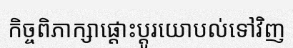
កិច្ចពិភាក្សាផ្តោះប្តូរយោបល់ទៅវិញ